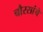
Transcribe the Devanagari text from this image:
चौरसांचे